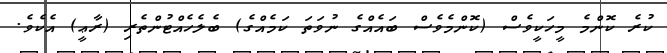
ކުރެ ކޮންމެ މީހަކީވެސް (ކޮންމެވެސް ބައެއްގެ ނުވަތަ ކަމެއްގެ) ބެލެހެއްޓުންތެރި (ރާޢީ) އެކެވެ.